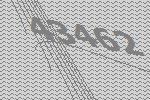
43462